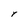
Character: Y